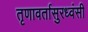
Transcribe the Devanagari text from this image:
तृणावर्तासुरध्वंसी